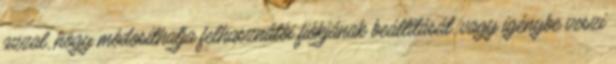
azzal, hogy módosíthatja felhasználói fiókjának beállítását, vagy igénybe veszi